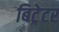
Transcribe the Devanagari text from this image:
बिट्रेटर